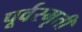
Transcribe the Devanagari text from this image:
पूर्वस्मृती